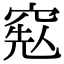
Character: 𥦥